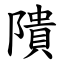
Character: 隤